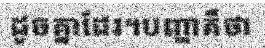
ដូចគ្នាដែរ។បញ្ហាគឺថា